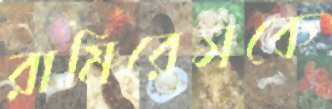
রামিরেসকে